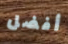
أفضل